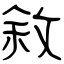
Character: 敘